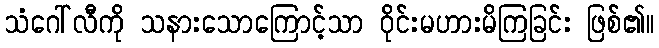
သံဂေါ်လီကို သနားသောကြောင့်သာ ဝိုင်းမဟားမိကြခြင်း ဖြစ်၏။